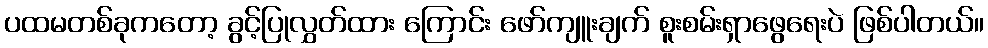
ပထမတစ်ခုကတော့ ခွင့်ပြုလွှတ်ထား ကြောင်း ဖော်ကျူးချက် စူးစမ်းရှာဖွေရေးပဲ ဖြစ်ပါတယ်။